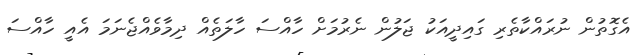
އެގޮތުން ނުރައްކާތެރި ގައިދީއަކު ޖަލުން ނެރުމަށް ހާއްސަ ހާލަތެއް ދިމާވެއްޖެނަމަ އެއީ ހާއްސަ